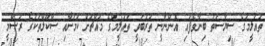
ތައުލީމުގެ ސިޔާސަތު ބިނާވެފައި އޮންނާނީ ތަރުބަވީ ތައުލީމްގެ މައްޗަށް ކަމަށާއި ސްކޫލްތަކުގެ ރަސްމީ